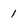
Character: 1